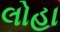
લોહા